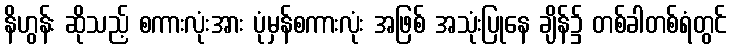
နိဟွန်း ဆိုသည့် စကားလုံးအား ပုံမှန်စကားလုံး အဖြစ် အသုံးပြုနေ ချိန်၌ တစ်ခါတစ်ရံတွင်